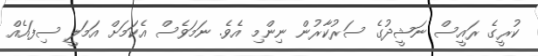
ކުރީގެ ރައީސް ނަޝީދުގެ ސަރުކާރުން ނިންމި އެވެ. ނަމަވެސް އެކަމަށް އަމަލީ ސިފައެއް